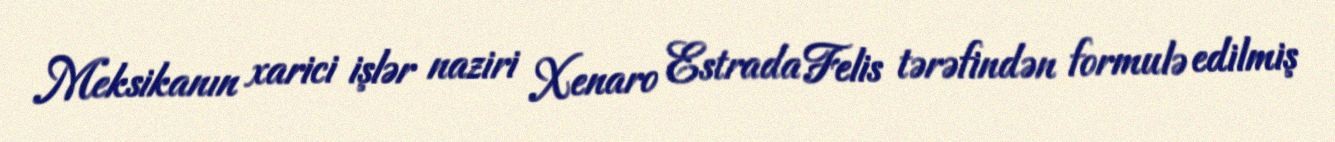
Meksikanın xarici işlər naziri Xenaro Estrada Felis tərəfindən formulə edilmiş